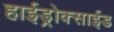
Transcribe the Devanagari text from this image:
हाईड्रोक्साईड